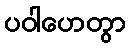
ပဝါဟေတွာ